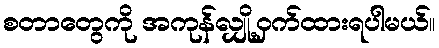
စတာတွေကို အကုန်လျှို့ဝှက်ထားရပါမယ်။